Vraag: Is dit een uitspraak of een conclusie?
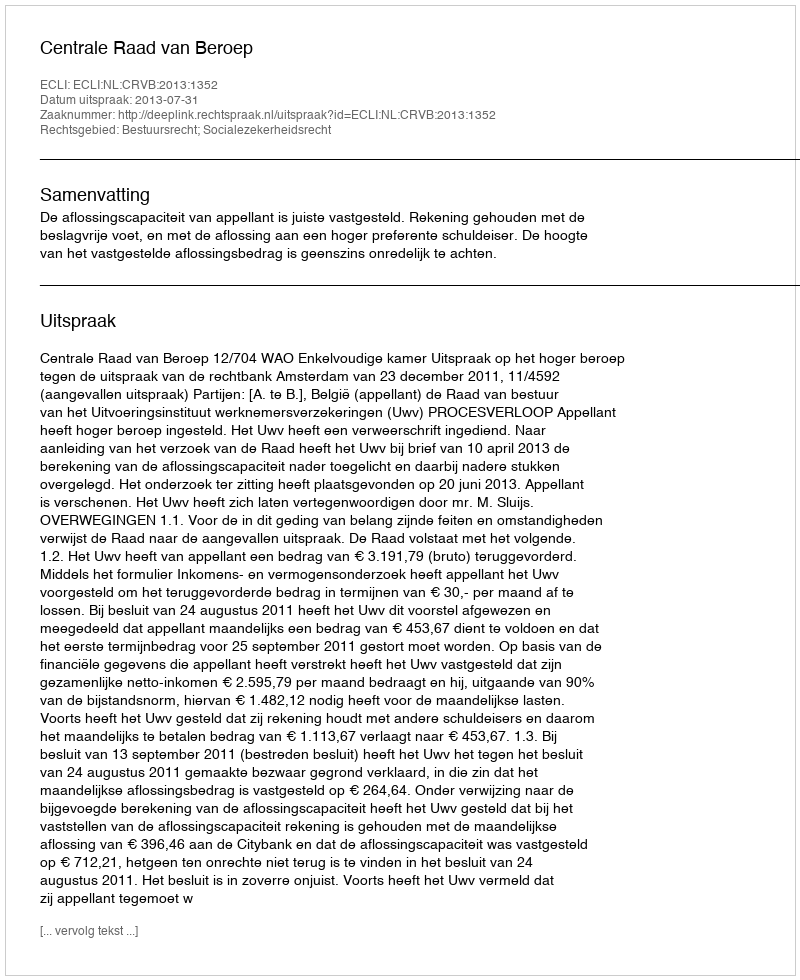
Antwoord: Uitspraak